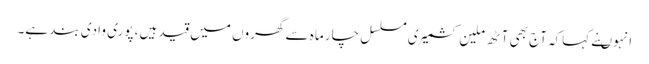
انہوںنے کہاکہ آج بھی آٹھ ملین کشمیری مسلسل چار ماہ سے گھروں میں قید ہیں، پوری وادی بند ہے۔